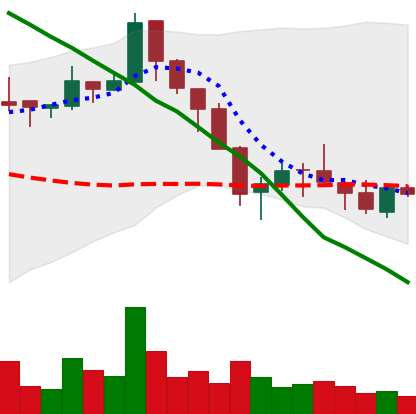
Ticker: ETC-USD
Chart end date: 2018-05-19
Forward return: -11.256%
Label: down_7plus